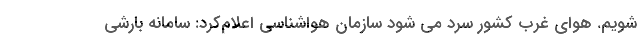
شویم. هوای غرب کشور سرد می شود سازمان هواشناسی اعلام‌کرد: سامانه بارشی